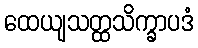
ထေယျသတ္ထသိက္ခာပဒံ